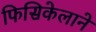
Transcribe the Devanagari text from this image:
फिसिकेलाने